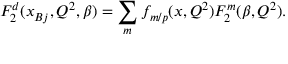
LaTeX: F _ { 2 } ^ { d } ( x _ { B j } , Q ^ { 2 } , \beta ) = \sum _ { m } f _ { m / p } ( x , Q ^ { 2 } ) F _ { 2 } ^ { m } ( \beta , Q ^ { 2 } ) .